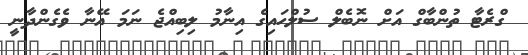
ގްރެޓާ ތުންބާގް އަށް ނޮބެލް ސުލްހައިގެ އިނާމު ލިބިއްޖެ ނަމަ އޭނާ ވެގެންދާނީ